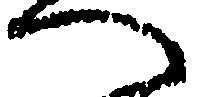
へ